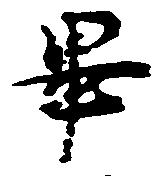
畢